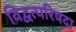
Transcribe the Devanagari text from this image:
विद्वत्परिषदा